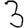
Digit: 3